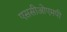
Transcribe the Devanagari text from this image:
एससीओएमपी